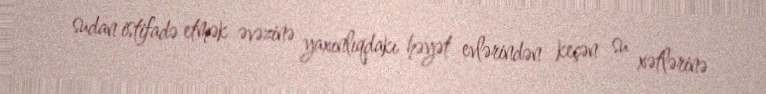
sudan istifadə etmək əvəzinə yaxınlıqdakı həyət evlərindən keçən su xətlərinə